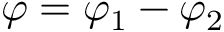
\varphi = \varphi _ { 1 } - \varphi _ { 2 }